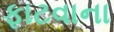
ફાટવાના